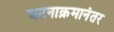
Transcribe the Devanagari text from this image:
घटनाक्रमानंतर